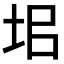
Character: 𡊊